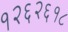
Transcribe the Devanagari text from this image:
१२६२६१८